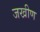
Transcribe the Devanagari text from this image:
जखीण